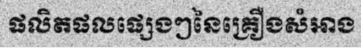
ផលិតផលផ្សេងៗនៃគ្រឿងសំអាង